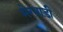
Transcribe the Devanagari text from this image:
मेरवाड़ी